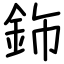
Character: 鉓